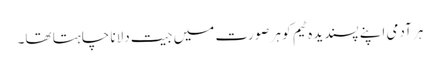
ہر آدمی اپنے پسندیدہ ٹیم کو ہر صورت میں جیت دلانا چاہتا تھا۔